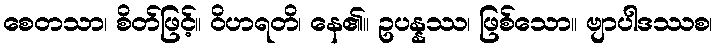
စေတသာ၊ စိတ်ဖြင့်။ ဝိဟရတိ၊ နေ၏။ ဥပန္နဿ၊ ဖြစ်သော။ ဗျာပါဒဿစ၊